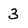
Character: 3